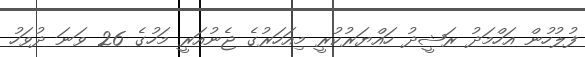
ފުލުހުން އަހްމަދު ރަޝީދު ހައްޔަރުކުރީ މިއަހަރުގެ ޖެނުއަރީ މަހުގެ 26 ވަނަ ދުވަހު